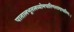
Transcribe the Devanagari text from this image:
पातालभूतलव्योमचारिणश्छद्मचारिणः।